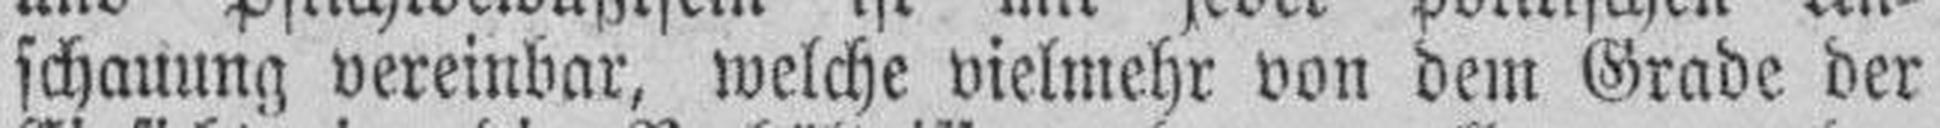
schauung vereinbar, welche vielmehr von dem Grade der